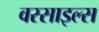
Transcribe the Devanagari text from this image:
वरसाइल्स